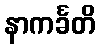
နာကင်္ခတိ